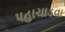
પહાચાડવા